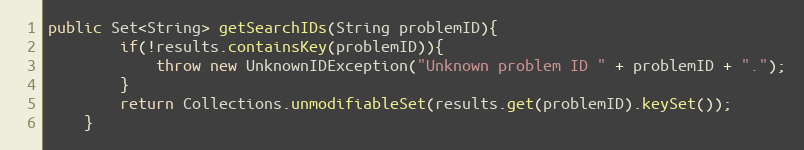
Language: Java
public Set<String> getSearchIDs(String problemID){
        if(!results.containsKey(problemID)){
            throw new UnknownIDException("Unknown problem ID " + problemID + ".");
        }
        return Collections.unmodifiableSet(results.get(problemID).keySet());
    }